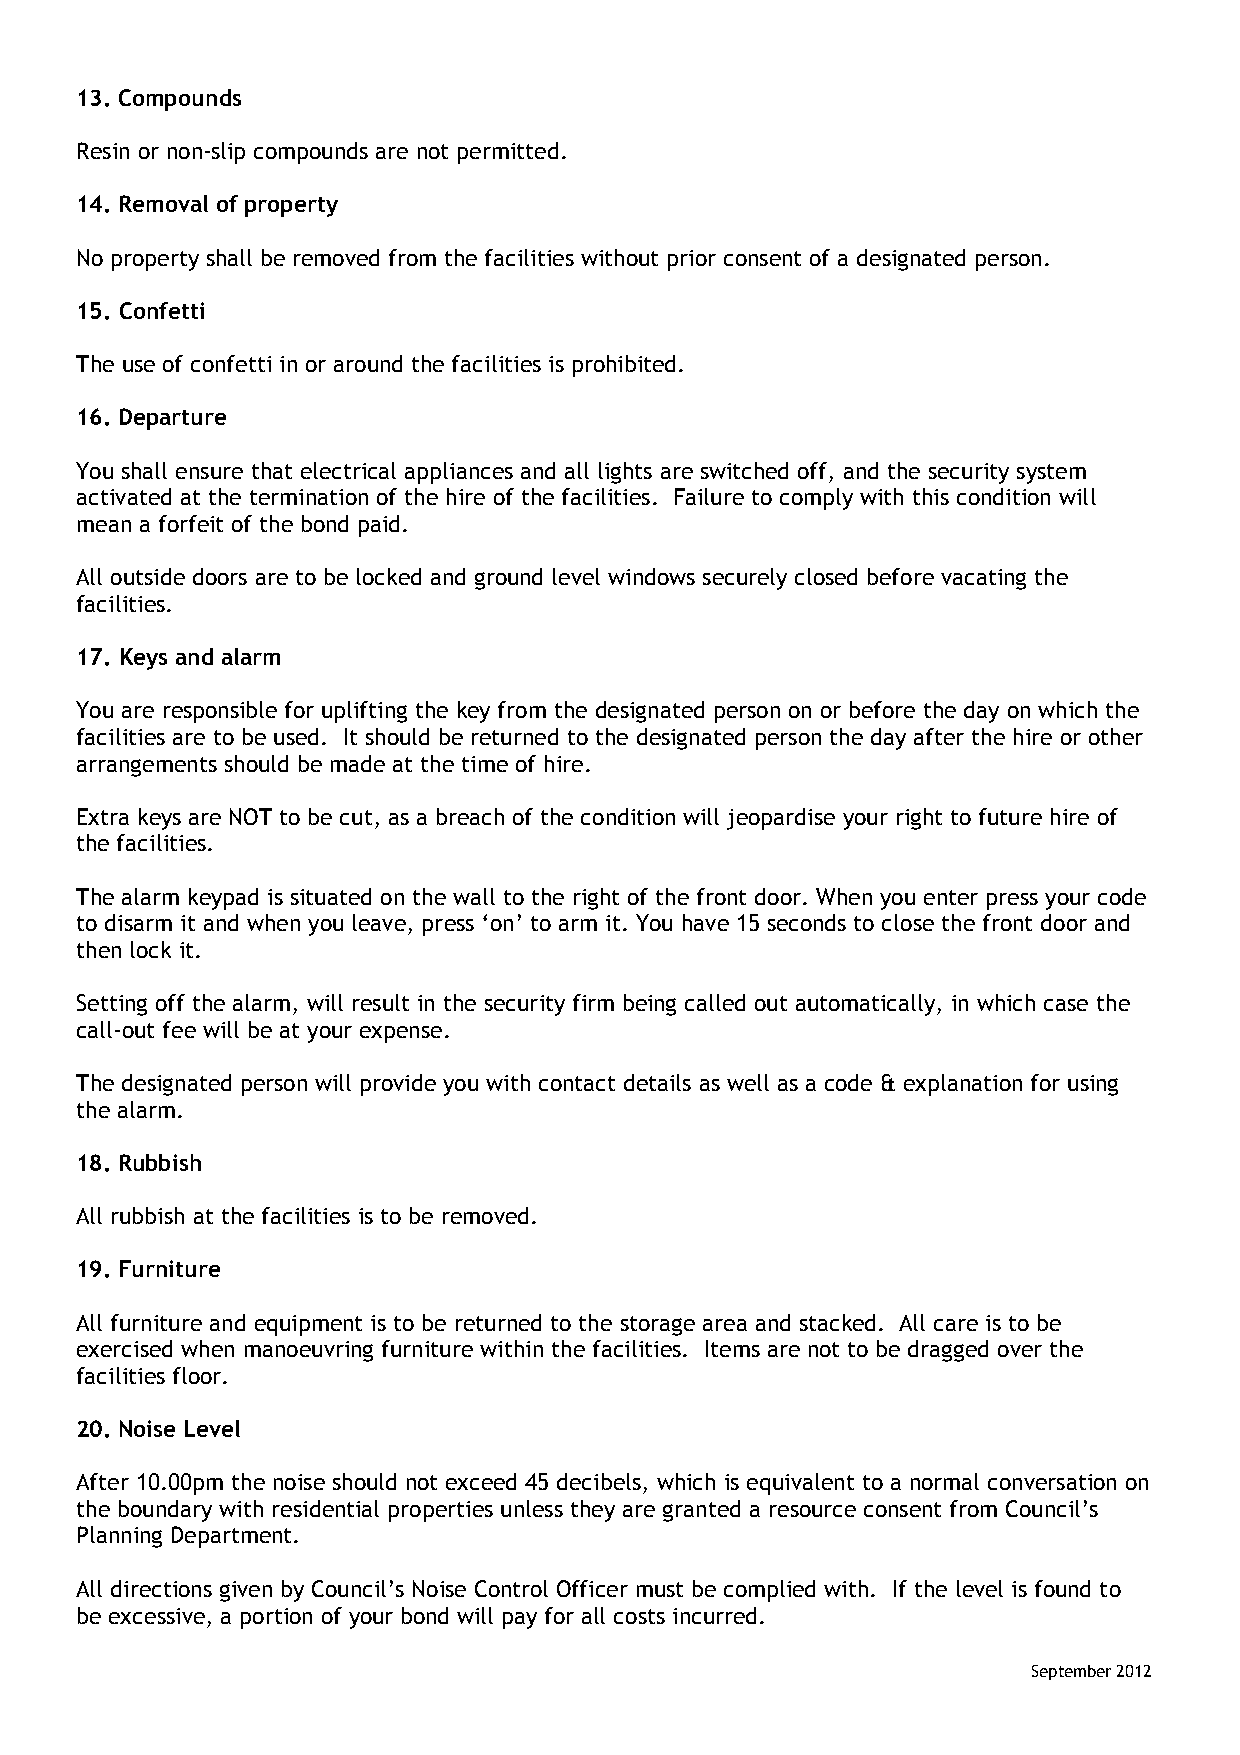
13. Compounds
 Resin or non-slip compounds are not permitted.
 14. Removal of property
 No property shall be removed from the facilities without prior consent of a designated person.
 15. Confetti
 The use of confetti in or around the facilities is prohibited.
 16. Departure
 You shall ensure that electrical appliances and all lights are switched off, and the security system
 activated at the termination of the hire of the facilities. Failure to comply with this condition will
 mean a forfeit of the bond paid.
 All outside doors are to be locked and ground level windows securely closed before vacating the
 facilities.
 17. Keys and alarm
 You are responsible for uplifting the key from the designated person on or before the day on which the
 facilities are to be used. It should be returned to the designated person the day after the hire or other
 arrangements should be made at the time of hire.
 Extra keys are NOT to be cut, as a breach of the condition will jeopardise your right to future hire of
 the facilities.
 The alarm keypad is situated on the wall to the right of the front door. When you enter press your code
 to disarm it and when you leave, press ‘on’ to arm it. You have 15 seconds to close the front door and
 then lock it.
 Setting off the alarm, will result in the security firm being called out automatically, in which case the
 call-out fee will be at your expense.
 The designated person will provide you with contact details as well as a code & explanation for using
 the alarm.
 18. Rubbish
 All rubbish at the facilities is to be removed.
 19. Furniture
 All furniture and equipment is to be returned to the storage area and stacked. All care is to be
 exercised when manoeuvring furniture within the facilities. Items are not to be dragged over the
 facilities floor.
 20. Noise Level
 After 10.00pm the noise should not exceed 45 decibels, which is equivalent to a normal conversation on
 the boundary with residential properties unless they are granted a resource consent from Council’s
 Planning Department.
 All directions given by Council’s Noise Control Officer must be complied with. If the level is found to
 be excessive, a portion of your bond will pay for all costs incurred.
 September 2012